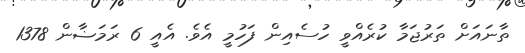
ތާނައަށް ތަރުޖަމާ ކުރެއްވީ ހުސެއިން ފަހުމީ އެވެ. އެއީ 6 ރަމަޟާން 1378